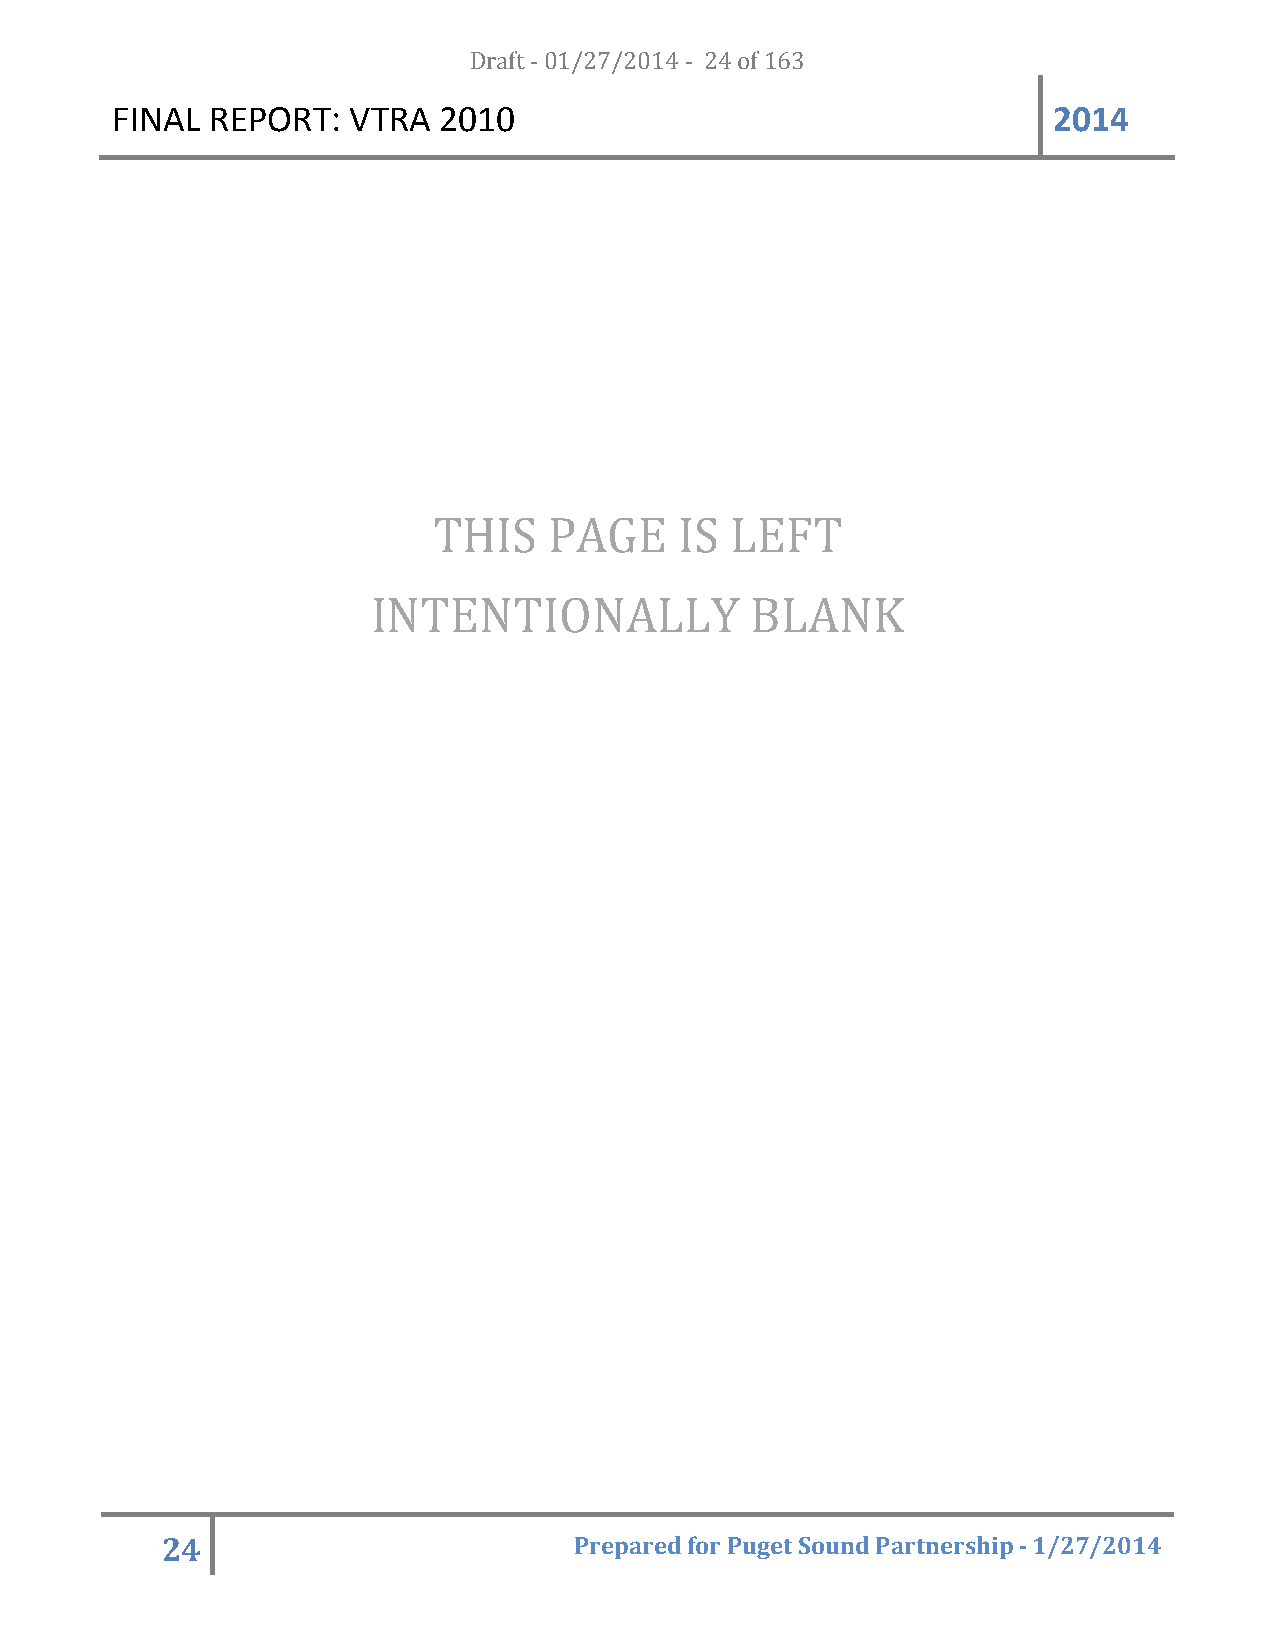
FINAL  REPORT:  VTRA  20D1r0af t - 01/27/2014 - 24 of 163      2014
 THIS   PAGE     IS LEFT
 INTENTIONALLY            BLANK
 24                         Prepared for Puget Sound Partnership - 1/27/2014